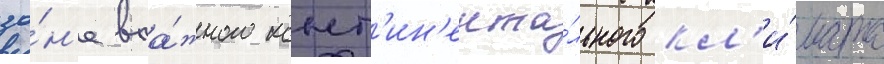
зо́н'е вла́жного конт'ин'ента́льного кл'и́мата